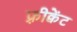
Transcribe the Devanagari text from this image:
फ़्रीक्वेंट